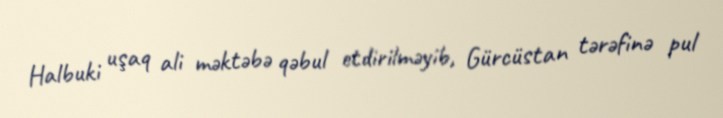
Halbuki uşaq ali məktəbə qəbul etdirilməyib, Gürcüstan tərəfinə pul